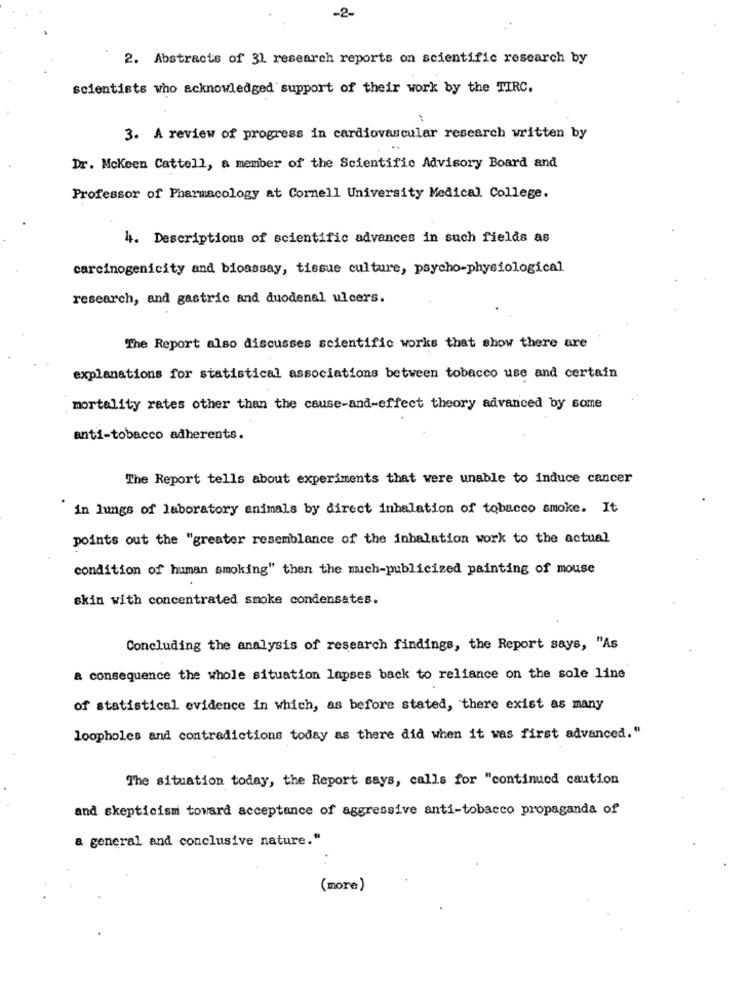
-2.
2. Abstracts of 31 research reports on scientific research by
scientists who acknowledged support of their work by the TIRC.
3. A review of progress in cardiovascular research written by
Dr. McKeen Cattell, a member of the Scientific Advisory Board and
Professor of Pharmacology at Cornell University Medical College.
4. Descriptions of scientific advances in such fields as
carcinogenicity and bioassay, tissue culture, psycho-physiological
research, and gastric and duodenal ulcers.
The Report also discusses scientific works that show there are
explanations for statistical associations between tobacco use and certain
mortality rates other than the cause-and-effect theory advanced by some
anti-tobacco adherents.
The Report tells about experiments that were unable to induce cancer
in lungs of laboratory animals by direct inhalation of tobacco smoke. It
points out the "greater resemblance of the inhalation work to the actual
condition of human smoking" then the much-publicized painting of mouse
skin with concentrated smoke condensates.
Concluding the analysis of research findings, the Report says, "As
a consequence the whole situation lapses back to reliance on the sole line
of statistical evidence in which, as before stated, there exist as many
loopholes and contradictions today as there did when it was first advanced."
The situation today, the Report says, calls for "continued caution
and skepticism toward acceptance of aggressive anti-tobacco propaganda of
a general and conclusive nature."
(more)